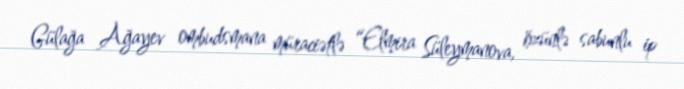
Gülağa Ağayev ombudsmana müraciətlə “Elmira Süleymanova, özünlə sabunlu ip